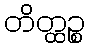
တိတ္ထဉ္စ